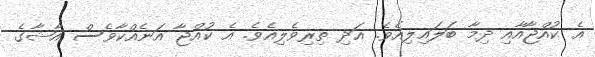
އެ ކުއްޖާއާއި ދިމާ ބަލައިލިއެވެ. އަދި ތިރިވެލިއެވެ. އެ ކުއްޖާ އަނެއްކާވެސް އާޝާގެ